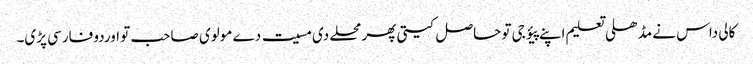
کالی داس نے مڈھلی تعلیم اپنے پیؤ جی تو حاصل کیتی پھر محلے دی مسیت دے مولوی صاحب تو اوردو فارسی پڑی۔